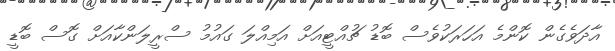
އާދަވެގެން ކޮންމެ އަހަރަކުވެސް ބޮޑު ޗުއްޓީއަށް އަމިއްލަ ގައުމު ސްރީލަންކާއަށް ގޮސް ބޮޑީ